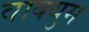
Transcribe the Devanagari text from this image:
वाक्युम